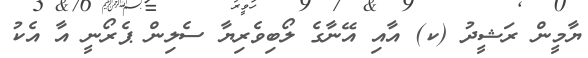
ޔާމީން ރަޝީދު (ކ) އާއި އޭނާގެ ލޯބިވެރިޔާ ސެލިން ޕެރޯނީ އާ އެކު